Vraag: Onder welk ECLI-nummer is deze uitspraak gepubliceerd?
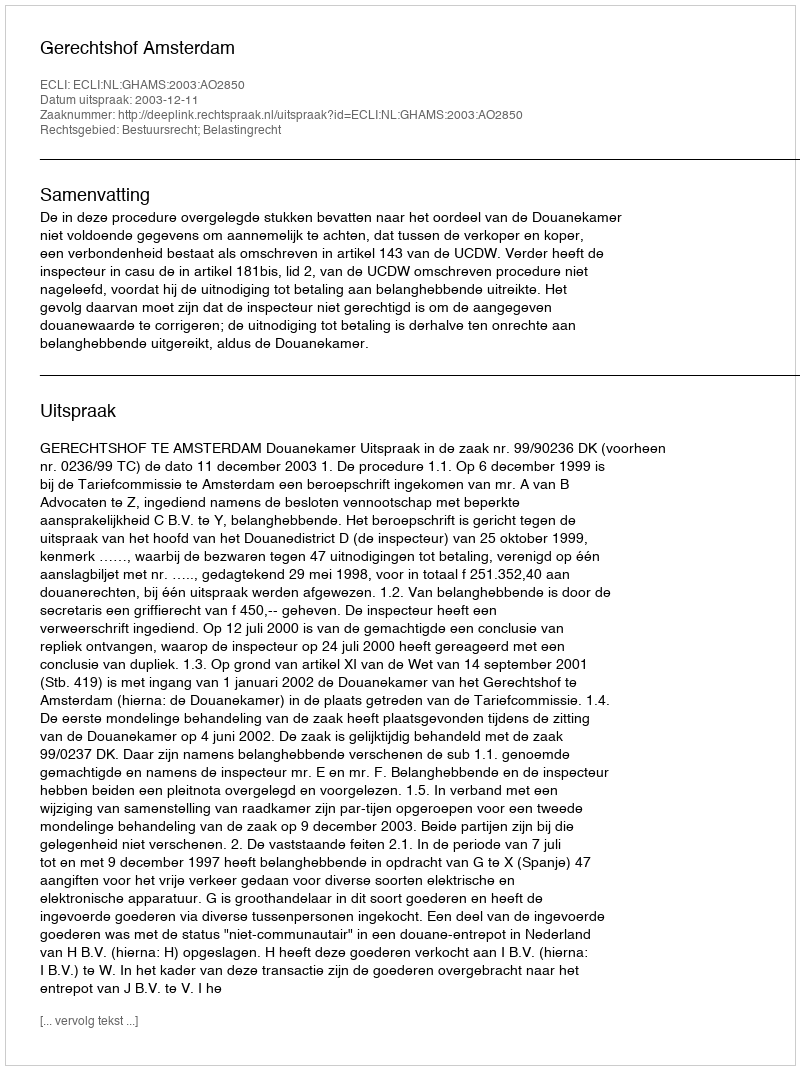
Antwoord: ECLI:NL:GHAMS:2003:AO2850